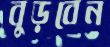
বুড়বেন